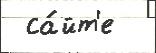
 са́йт'е